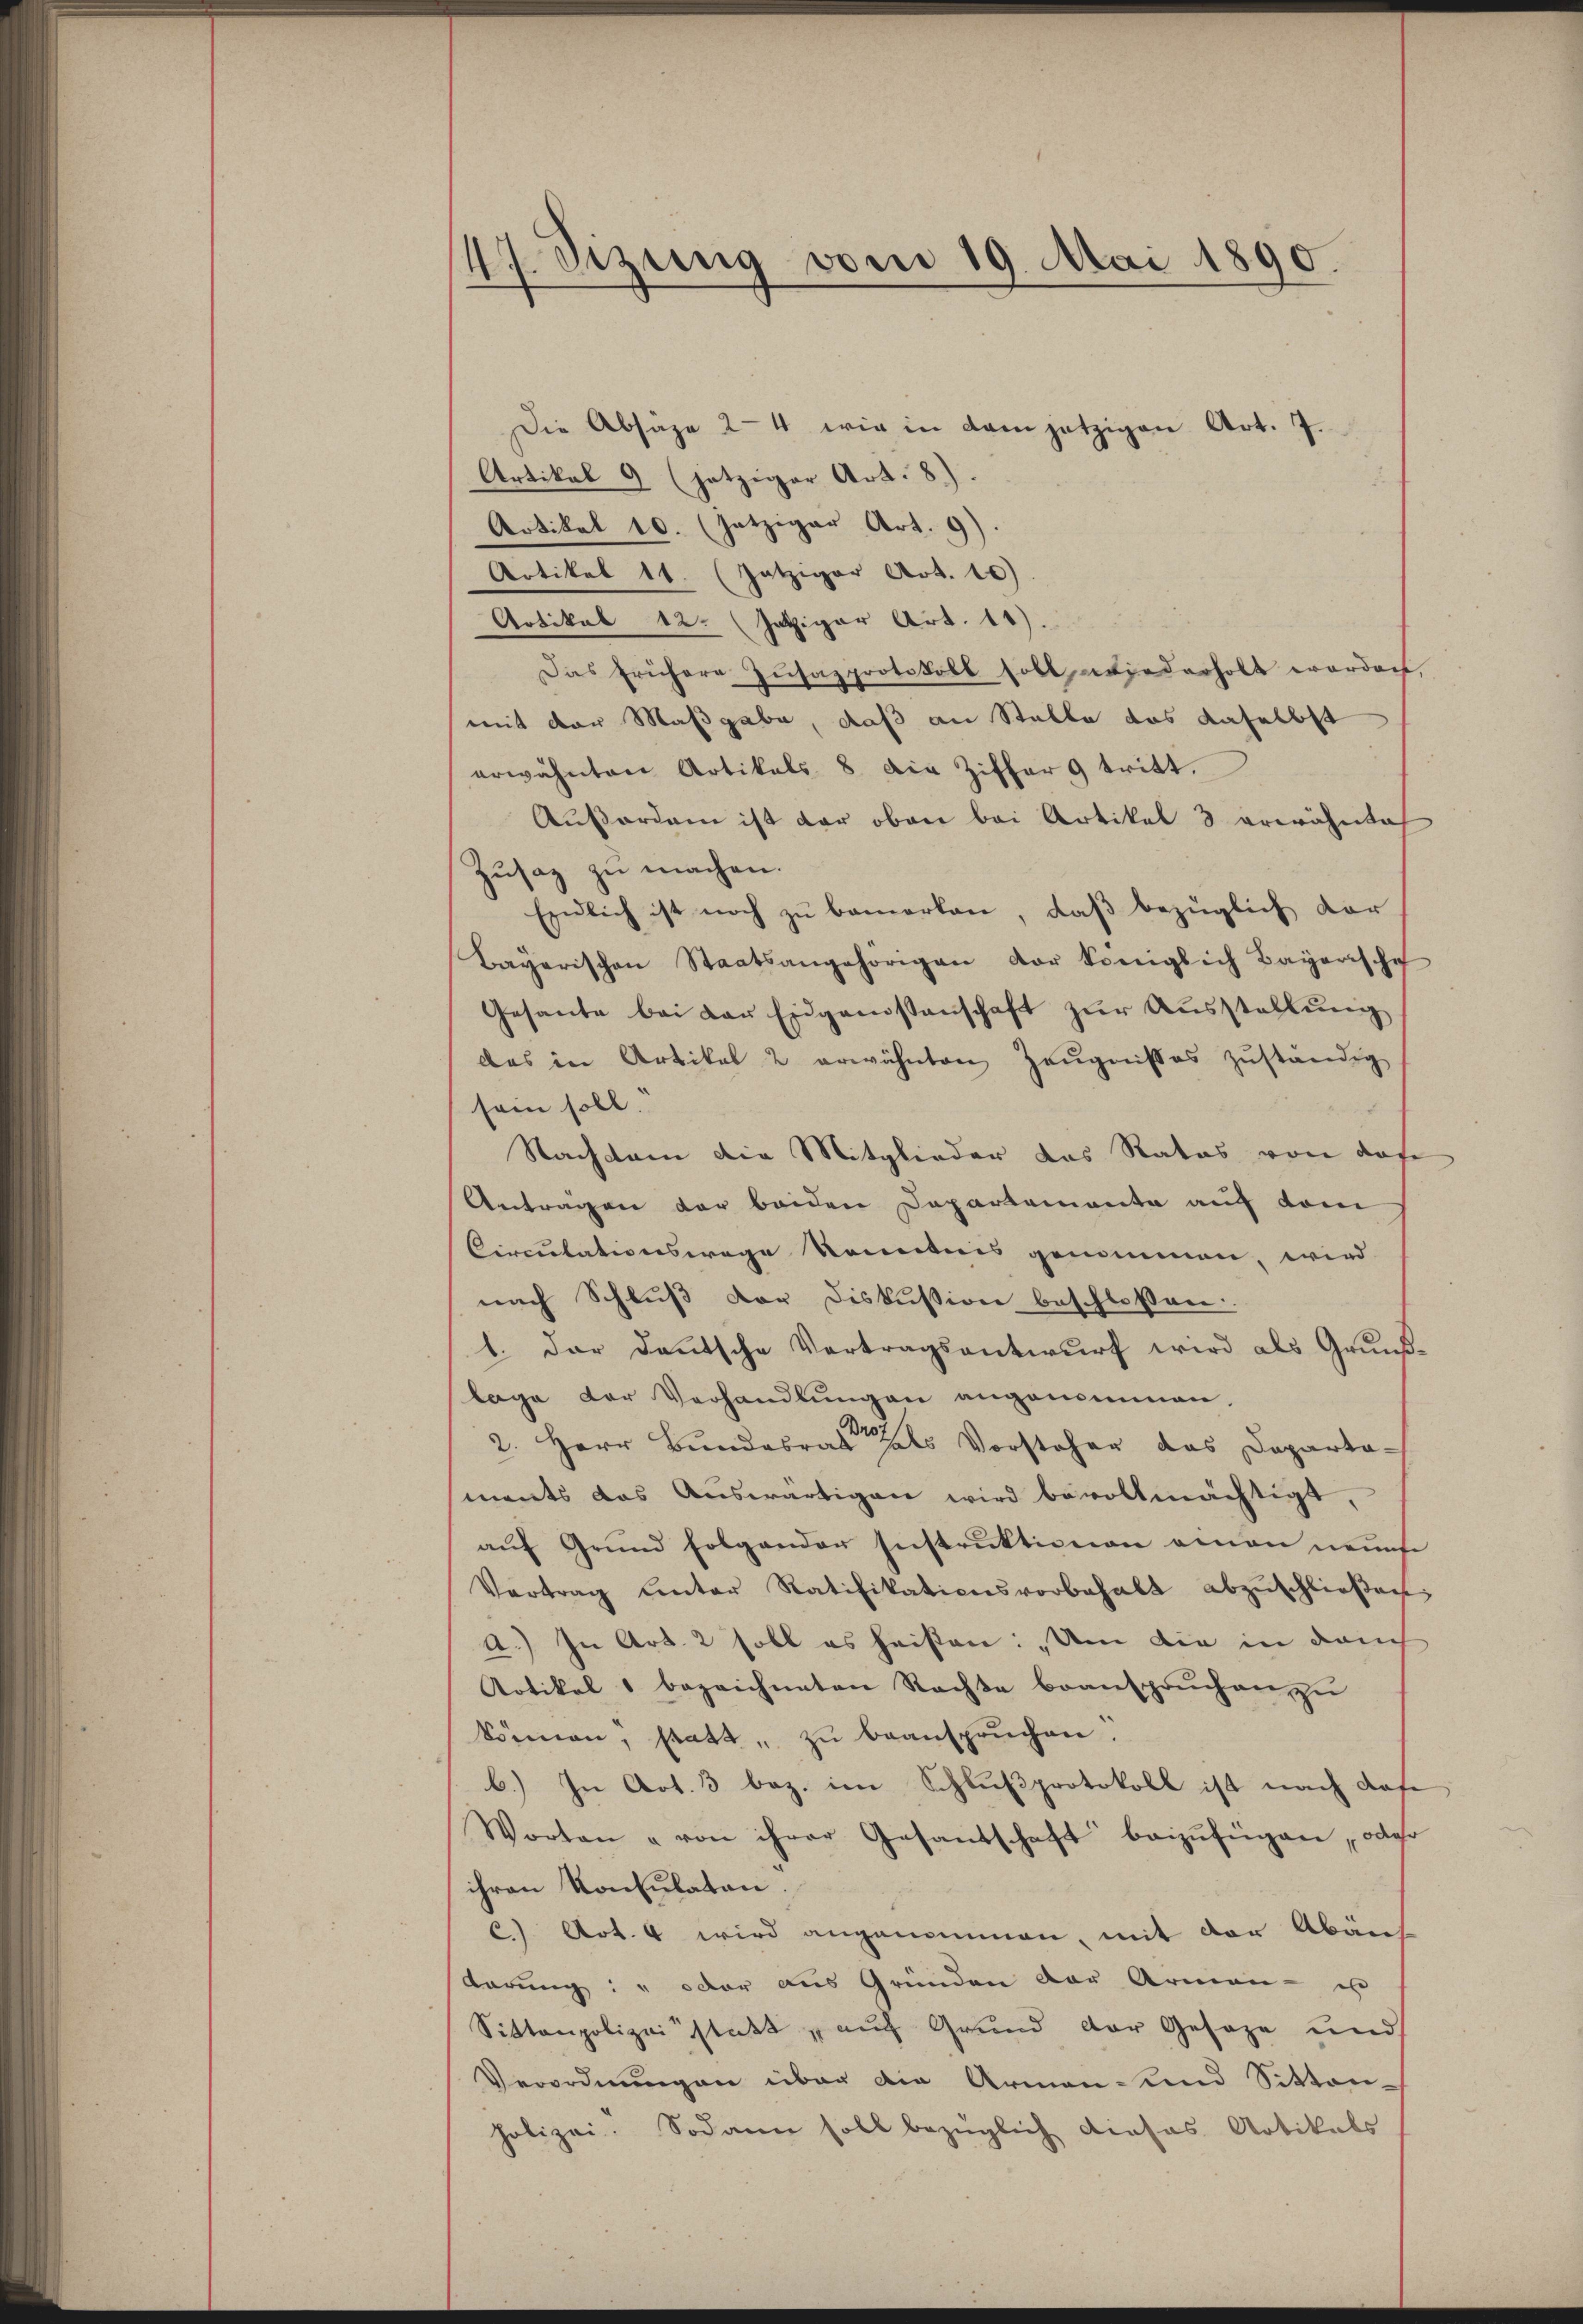
47. Sizung vom 19. Mai 1890.

Die Absage 24 wie in dem jetzigen Art. 7.
Artikal 9 (jetziger Art. 8).
Artikel 10. (Jatziger Art. 9).
Artikel 11. (Jatziger Art. 10)
Artikel 12. Jetziger Art. 11).
Das frühere Zŭsazprotokoll soll wiederholt werdach,
mit der Maßgabe, daß an Stalle das daselbst
erwähnten Artikals 8 die Ziffer 9 tritt.
Außerdam ist der oben bei Artikel 3 erwähntach
Zŭsaz zu machen.
Endlich ist noch zu bemerken, daß bezüglich dar-
Bayerischen Staatsangehörigen der Königlich Bayerische
Gesante bei der Eidgenossenschaft zŭr Aŭsstellung
das in Artikal 2 erwähnten Zeŭgnisses zŭständig
sein soll.
Nachdem die Mitglieder das Rates von dase
Antragen der beiden Departemente auf dem
Circulationswege konntens genommen, wird
nach Schluß der Diskussion beschlossen.
1. Der deutsche Vertragsantwurf wird als Grundlage der Verhandlungen angenommen.
2. Herr Bundesrat als Vorsteher das Departaments das Auswärtigen wird bevollmächtigt,
auf Grund folgender Instruktionen einen neuest
Vertrag unter Ratifikationsvorbehalt abzŭschlieβen;
A.) In Art. 2 soll es heißen: „Um die in danch
Aotikel 1 bezeichneten Rechte beanspruchen zu
können, statt " zŭ beansprüchen.
b.) In Art. 3 bez. im Schlußprotokoll ist nach dafe
Worten " von ihrer Gesandschaft beizufügen, oder
ihren Konsulaten.
c) Art. 4 wird angenommen, mit der Abände
darung: " oder aus Gründen der Armen - es
Sittenpolizei statt , auch Grund der Geseze und
Verordnungen über die Armen- und Sitten-
Polizei. Sodann soll bezüglich dieses Artikels